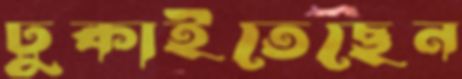
ঢুকাইতেছেন